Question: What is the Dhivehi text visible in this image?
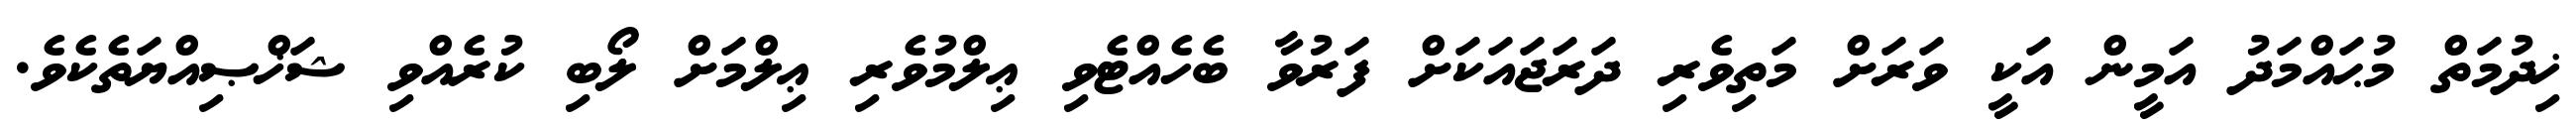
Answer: ޚިދުމަތް މުޙައްމަދު އަމީން އަކީ ވަރަށް މަތިވެރި ދަރަޖައަކަށް ފަރުވާ ބެހެއްޓެވި ޢިލްމުވެރި ޢިލްމަށް ލޯބި ކުރެއްވި ޝަޚްޞިއްޔަތެކެވެ.